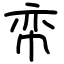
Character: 帟